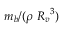
m _ { b } / ( \rho { \ R _ { v } } ^ { 3 } )